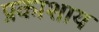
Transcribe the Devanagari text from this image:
प्रकाशाय